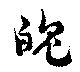
魄